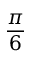
\frac { \pi } { 6 }